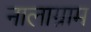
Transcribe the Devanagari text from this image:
नालाग्राम